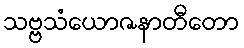
သဗ္ဗသံယောဇနာတီတော